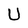
Character: U